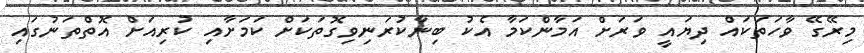
މިރޭގޭ ވާހަތަކައް ދިޔައީ ވަރަށް އަމާންކަމާ އެކު ބިނާކުރަނިވިގޮތަކަށް ކަމަށާއި ކުރިއަށް އޮތްތަނުގައި